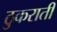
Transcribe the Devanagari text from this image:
ठुकराती